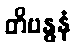
တိဗန္ဓနံ